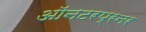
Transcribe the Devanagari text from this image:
ऑनटरप्रनर